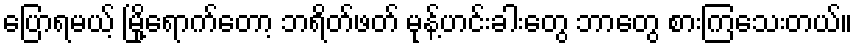
ပြောရမယ့် မြို့ရောက်တော့ ဘရိတ်ဖတ် မုန့်ဟင်းခါးတွေ ဘာတွေ စားကြသေးတယ်။